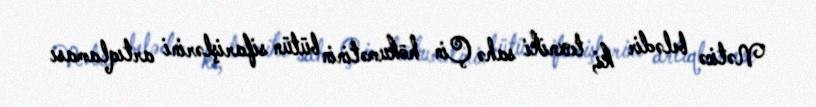
Nəticə belədir ki, texniki sahə Çin hökumətinin bütün sifarişlərini artıqlaması